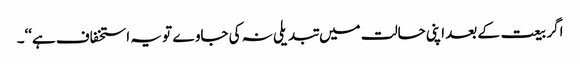
اگر بیعت کے بعد اپنی حالت میں تبدیلی نہ کی جاوے تو یہ استخفاف ہے‘‘۔